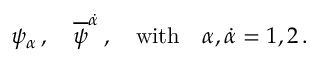
\psi _ { \alpha } \, , \quad { \overline { { \psi } } } ^ { \dot { \alpha } } \, , \quad \mathrm { w i t h } \quad \alpha , { \dot { \alpha } } = 1 , 2 \, .